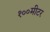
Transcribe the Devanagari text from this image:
१००मीटर